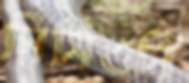
সিমিওনি